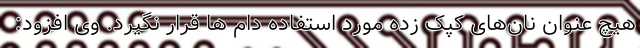
هیچ عنوان نان‌های کپک زده مورد استفاده دام ها قرار نگیرد. وی افزود: